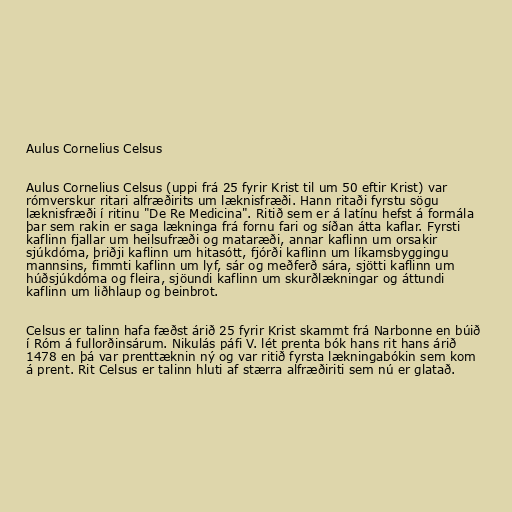
Aulus Cornelius Celsus

Aulus Cornelius Celsus (uppi frá 25 fyrir Krist til um 50 eftir Krist) var
rómverskur ritari alfræðirits um læknisfræði. Hann ritaði fyrstu sögu
læknisfræði í ritinu "De Re Medicina". Ritið sem er á latínu hefst á formála
þar sem rakin er saga lækninga frá fornu fari og síðan átta kaflar. Fyrsti
kaflinn fjallar um heilsufræði og mataræði, annar kaflinn um orsakir
sjúkdóma, þriðji kaflinn um hitasótt, fjórði kaflinn um líkamsbyggingu
mannsins, fimmti kaflinn um lyf, sár og meðferð sára, sjötti kaflinn um
húðsjúkdóma og fleira, sjöundi kaflinn um skurðlækningar og áttundi
kaflinn um liðhlaup og beinbrot.

Celsus er talinn hafa fæðst árið 25 fyrir Krist skammt frá Narbonne en búið
í Róm á fullorðinsárum. Nikulás páfi V. lét prenta bók hans rit hans árið
1478 en þá var prenttæknin ný og var ritið fyrsta lækningabókin sem kom
á prent. Rit Celsus er talinn hluti af stærra alfræðiriti sem nú er glatað.